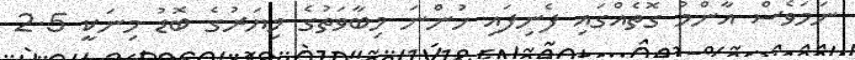
ނަމަވެސް އާންމު ގޮތެއްގައި ފެނިފައި ހުންނަ މިބާވަތުގެ މިޔަރުގެ ބޮޑު މިނަކީ 2.5